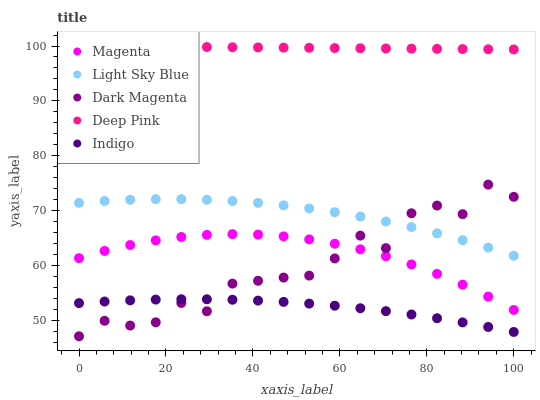
| xaxis_label | Magenta | Light Sky Blue | Dark Magenta | Deep Pink | Indigo |
 | --- | --- | --- | --- | --- | --- |
 | 0 | 61.4 | 71.4 | 47.1 | 100 | 53.2 |
 | 5.88 | 62.7 | 71.8 | 49.9 | 100 | 53.5 |
 | 11.8 | 63.8 | 72 | 49.1 | 99.9 | 53.7 |
 | 17.6 | 64.6 | 72.1 | 49.7 | 99.9 | 53.8 |
 | 23.5 | 65.2 | 72.1 | 53.2 | 99.9 | 53.9 |
 | 29.4 | 65.6 | 72 | 51.7 | 99.8 | 53.9 |
 | 35.3 | 65.7 | 71.8 | 56.7 | 99.8 | 53.8 |
 | 41.2 | 65.7 | 71.4 | 57.2 | 99.7 | 53.6 |
 | 47.1 | 65.3 | 71 | 57.8 | 99.7 | 53.4 |
 | 52.9 | 64.8 | 70.4 | 58.2 | 99.7 | 53.1 |
 | 58.8 | 64 | 69.7 | 61.3 | 99.6 | 52.7 |
 | 64.7 | 63 | 68.9 | 65.5 | 99.6 | 52.2 |
 | 70.6 | 61.7 | 68 | 63.2 | 99.6 | 51.7 |
 | 76.5 | 60.2 | 67 | 69.5 | 99.5 | 51.1 |
 | 82.4 | 58.5 | 65.9 | 70.9 | 99.5 | 50.4 |
 | 88.2 | 56.5 | 64.6 | 69.4 | 99.4 | 49.7 |
 | 94.1 | 54.3 | 63.3 | 74.8 | 99.4 | 48.8 |
 | 100 | 51.9 | 61.8 | 72.5 | 99.4 | 47.9 |